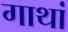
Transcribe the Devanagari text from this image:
गाथां